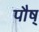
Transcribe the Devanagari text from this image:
पौष्